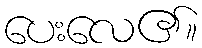
ပေးလေ၏။